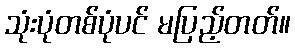
သုံးပုံတစ်ပုံပင် မပြည့်တတ်။